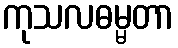
ကုသလဓမ္မတာ